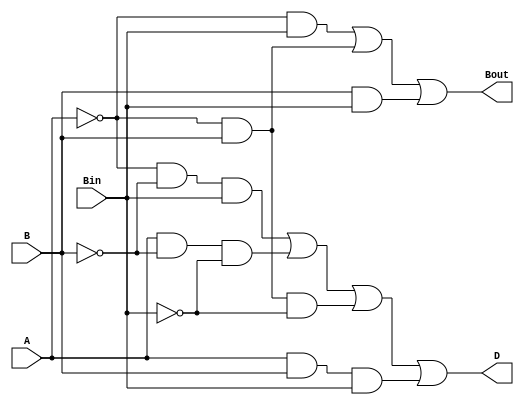
module FullSubtractor(
    input A,
    input B,
    input Bin,
    output D,
    output Bout
    );
	 
assign D = (~A)&(~B)&(Bin) | (A)&(~B)&(~Bin) | (~A)&(B)&(~Bin) | (A)&(B)&(Bin);
assign Bout = (~A)&(Bin) | (~A)&(B) | (B)&(Bin); 

endmodule